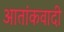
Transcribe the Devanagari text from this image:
आतांकवादी